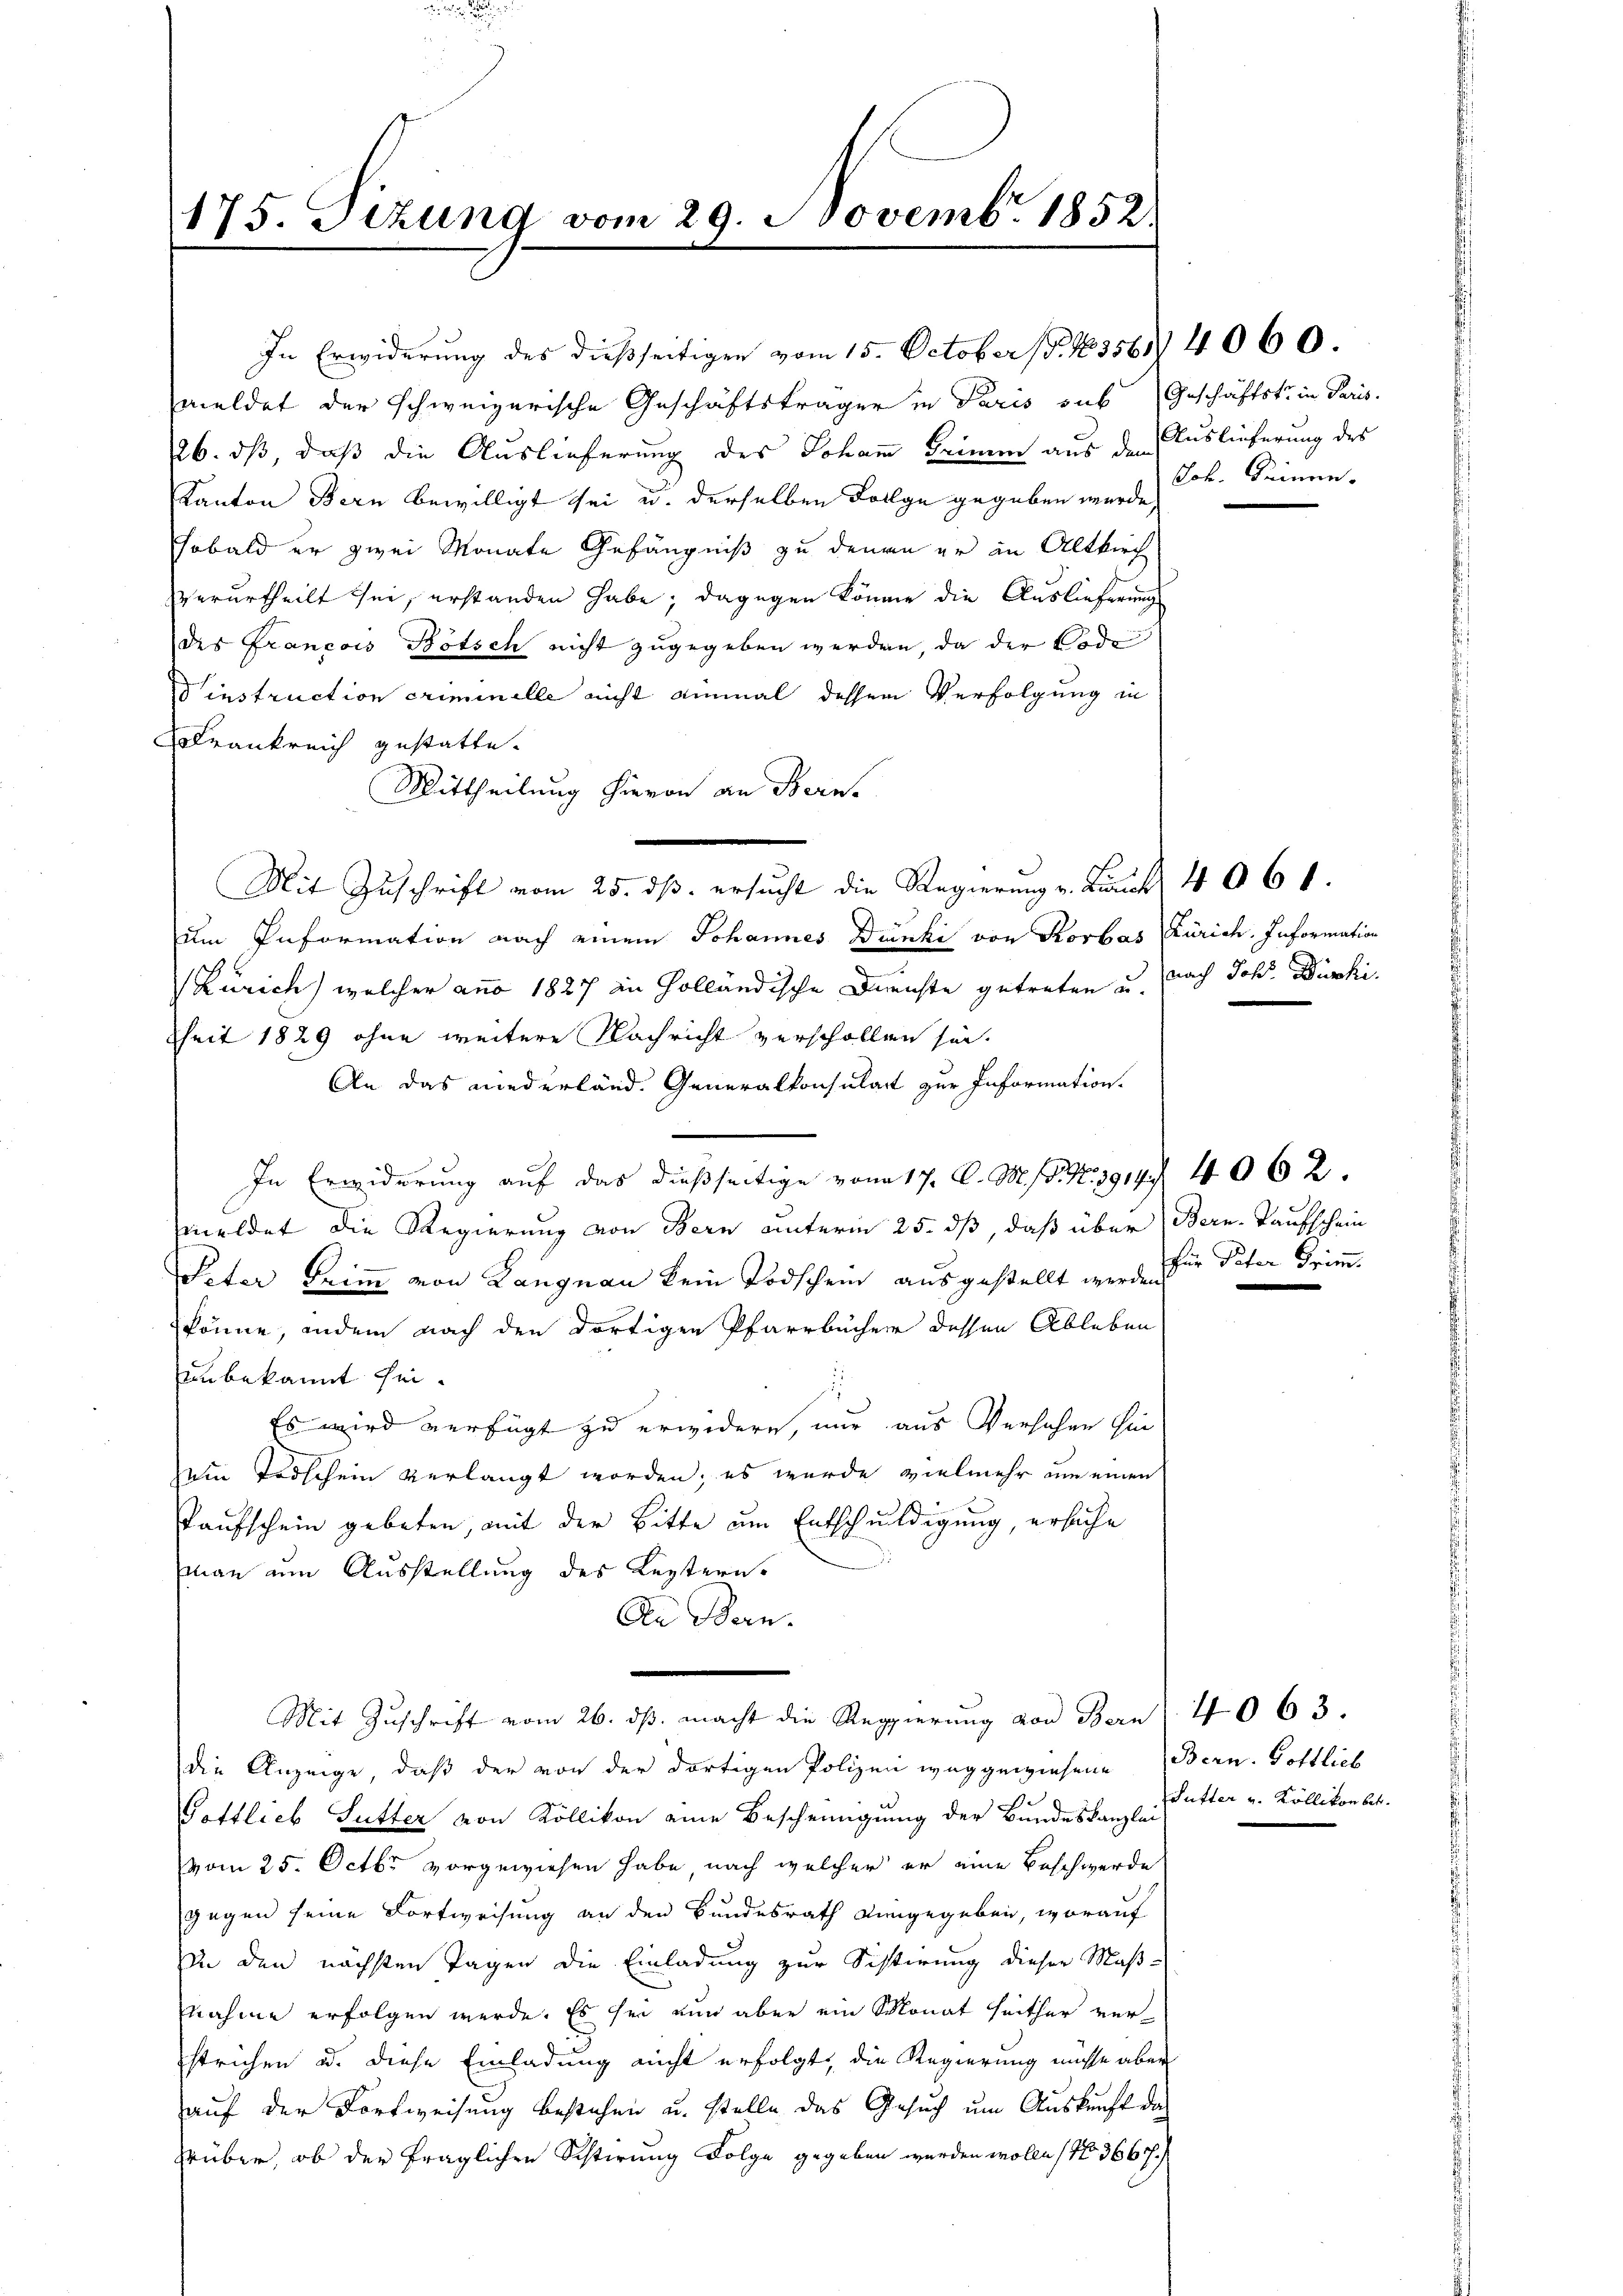
175. Sizung vom 29. Novembr. 1852.

In Erwiderung des dießseitigen vom 15. October (§. 1356. 4060
meldet der schweizerische Geschäftsträger in Paris sub (Geschäftstr. in Paris.
26. ds, daß die Auslieferung des Johann keinen aus den Auslieferung des
Kanton Bern bewilligt sei u. derselben Folge gegeben wurde,
sobald er zwei Monate Gefängniß zu denen er an Altkirch
verurtheilt sei, erstanden habe; dagegen könne die Auslieferung
des Francois Bötsch nicht zugegeben werden, da der Tode
Vinstruction criminelle nicht einmal dessen Verfolgung in
Krankreich gestatte.
Mittheilung hievon an Bern.
Mit Zuschrift vom 25. ds. ersucht die Regierung v. Lanck 4061.
um Information nach einem Johannes Dünki von Rorbas Zürich. Information
(Zürich) welcher anno 1827 in Holländische Durchste getreten u. nach Joh. Dürki
sheit 1829 ohne weitere Nachricht verschollen sei.
An das niederländ. Generalkonsulatt zur Information.
e
In Erwiderung auf das dießseitige vom 17. A. M. P. Nr. 3914. 4062.
meldet die Regierung von Bern unterm 25. dß, daß über (Bern-Taufschein
Peter Grimm von Langnau kein Todschein ausgestellt werden, die Peter Grimm.
könne, indem nach den dortigen Pfarrbücher dessen Ableben
unbekannt sei.
Es wird verfügt zu erwidern, nur aus Versahen hinein Todschein verlangt worden, es wurde vielmehr um einen
Kaufschein gebeten, mit der Bitte um Entschuldigung, ersuche
Man um Ausstellung des Leztern.
An Bern.
Mit Zuschrift vom 26. ds. macht die Regierung von Bern (40 63.
die Anzeige, daß der von der dortigen Polizei weggewiesene Bern. Gottlich
Gottlieb Sutter von Köllikon eine Bescheinigung der Bundeskanzlei
vom 25. Octbr. vorgewiesen habe, nach welcher er eine Beschwerde
gegen seine Fortweisung an den Bundesrath eingegeben, worauf
In den nächsten Tagen die Einladung zur Sistirung dieser Maß-
nahme erfolgen werde. Es sei nun aber ein Monat seither ver-
strichen u. diese Einladung nicht erfolgt, die Regierung müsse aber
auf der Fortweisung bestehen u. stelle das Gesuch um Auskunft de
rüber, ob der fraglichen Schirung Folge gegeben werden wolle, No 3667.

Joh. Prinnen.

e

Sutter u. Köllikon betr.